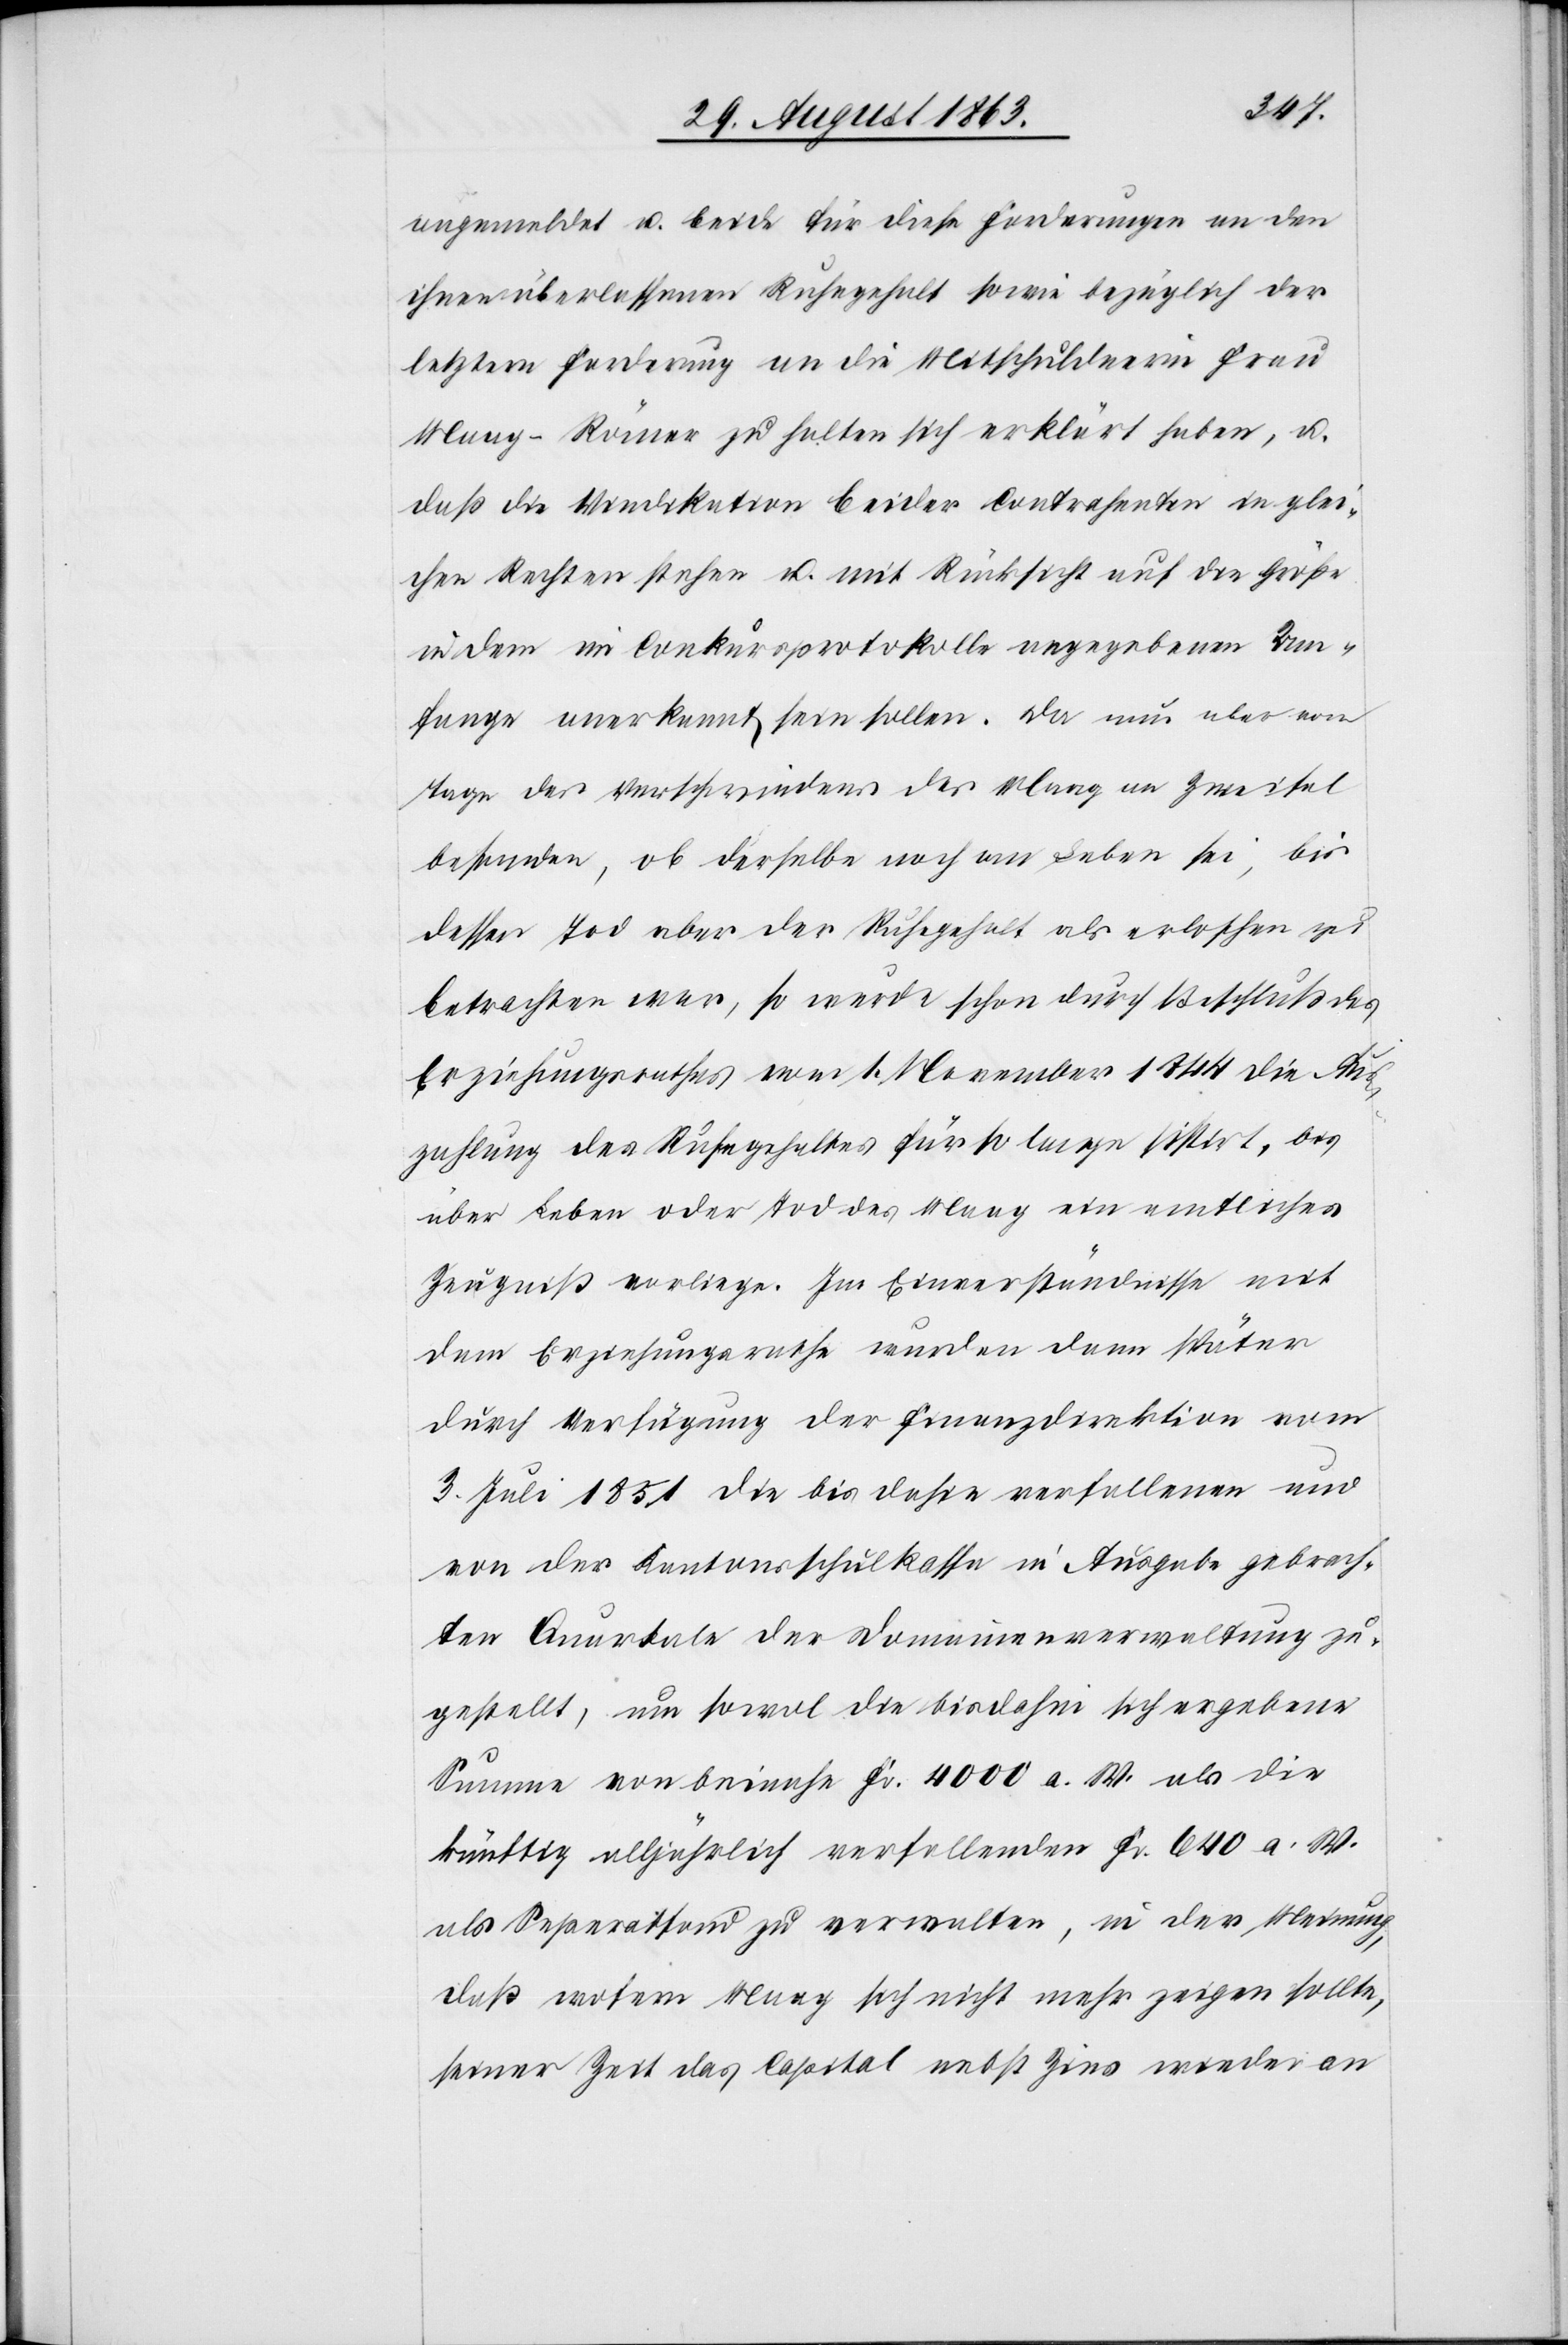
angemeldet u. beide für diese Forderungen an den
ihnen überlassenen Ruhegehalt sowie bezüglich der
letztern Forderung an die Mitschuldnerin Frau
Maag-Römer zu halten sich erklärt haben, u.
daß die Vindikation beider Contrahenten in glei¬
chen Rechten stehen u. mit Rücksicht auf die Größe
in dem im Conkursprotokolle angegebenen Um¬
fange anerkannt sein sollen. Da nun aber vom
Tage des Verschwindens der Maag an Zweifel
bestanden, ob derselbe noch am Leben sei, bis
dessen Tod aber der Ruhegehalt als erloschen zu
betrachten war, so wurde schon durch Beschluß des
Erziehungsrathes vom 1. November 1844 die Aus¬
zahlung des Ruhegehaltes für so lange sistirt, bis
über Leben oder Tod des Maag ein amtliches
Zeugniß vorliege. Im Einverständnisse mit
dem Erziehungsrathe wurden dann später
durch Verfügung der Finanzdirektion vom
3. Juli 1851 die bis dahin verfallenen und
von der Kantonsschulkassa in Ausgabe gebrach¬
ten Quartale der Domainenverwaltung zu¬
gestellt, um sowol die bisdahin sich ergebene
Summe von beinahe Fr. 4000 a. W. als die
künftig alljährlich verfallenden Fr. 640 a. W.
als Separatfond zu verwalten, in der Meinung,
daß wofern Maag sich nicht mehr zeigen sollte,
seiner Zeit das Capital nebst Zins wieder an